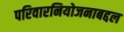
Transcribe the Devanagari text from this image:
परिवारनियोजनाबद्दल